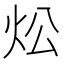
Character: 炂